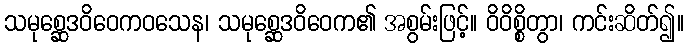
သမုစ္ဆေဒဝိဝေကဝသေန၊ သမုစ္ဆေဒဝိဝေက၏ အစွမ်းဖြင့်။ ဝိဝိစ္စိတွာ၊ ကင်းဆိတ်၍။